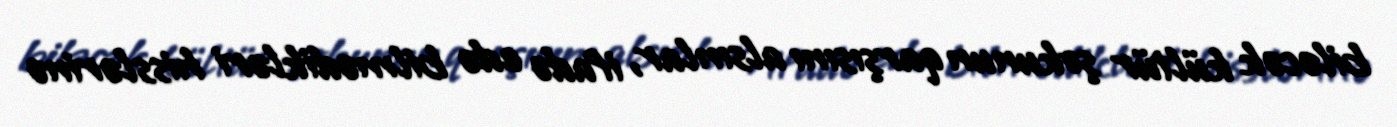
biləcək kültür şokunun qarşısını alsınlar, ifadə edə bilmədikləri hisslərinə